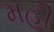
મહી